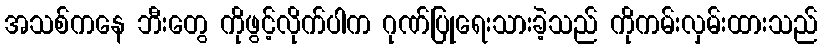
အသစ်ကနေ ဘီးတွေ ကိုဖွင့်လိုက်ပါက ဂုဏ်ပြုရေးသားခဲ့သည် ကိုကမ်းလှမ်းထားသည်